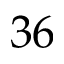
3 6